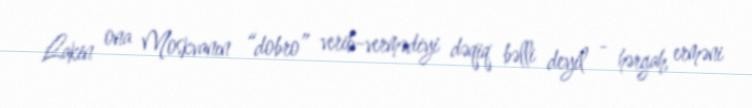
Lakin ona Moskvanın “dobro” verib-vermədiyi dəqiq bəlli deyil - hərgah, erməni